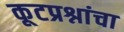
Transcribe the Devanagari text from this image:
कूटप्रश्नांचा